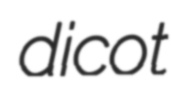
dicot